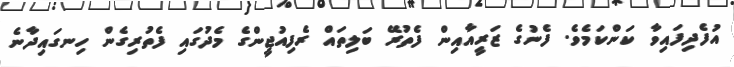
އުފެދިފައިވާ ކަންކަމެވެ. ފެނުގެ ޒަރީއާއިން ފެތުރޭ ބަލިތައް ރެފިއުޖީންގެ މެދުގައި ފެތުރިގެން ހިނގައިދާނެ